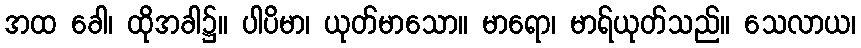
အထ ခေါ၊ ထိုအခါ၌။ ပါပိမာ၊ ယုတ်မာသော။ မာရော၊ မာရ်ယုတ်သည်။ သေလာယ၊